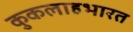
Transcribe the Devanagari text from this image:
कुकलाहभारत